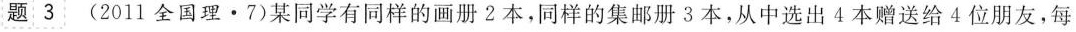
题 3 (2011全国理 · 7) 某同学有同样的画册2本，同样的集邮册3本，从中选出4本赠送给4位朋友，每